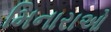
મિનારાઓ